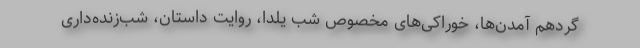
گردهم‌ آمدن‌ها، خوراکی‌های مخصوص شب یلدا، روایت داستان، شب‌زنده‌داری